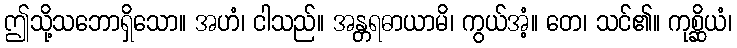
ဤသို့သဘောရှိသော။ အဟံ၊ ငါသည်။ အန္တရဓာယာမိ၊ ကွယ်အံ့။ တေ၊ သင်၏။ ကုစ္ဆိယံ၊